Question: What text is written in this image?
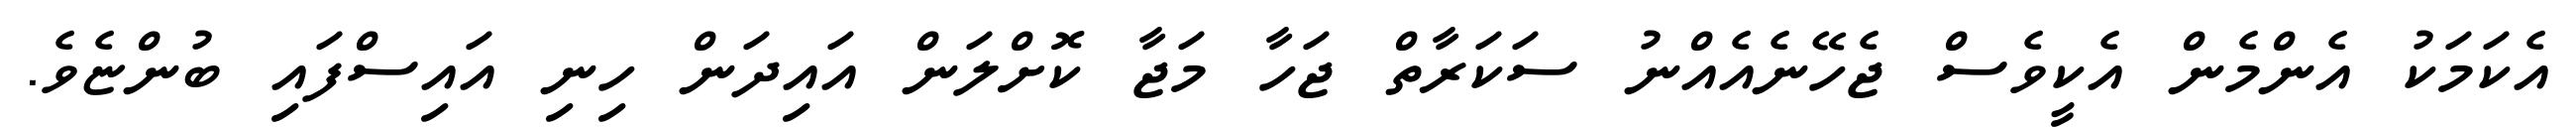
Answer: އެކަމަކު އެންމެން އެކީވެސް ޖެހޭނެއެއްނު ސަކަރާތް ޖަހާ މަޖާ ކޮށްލަން އައިދަން ހިނި އައިސްފައި ބުންޏެވެ.